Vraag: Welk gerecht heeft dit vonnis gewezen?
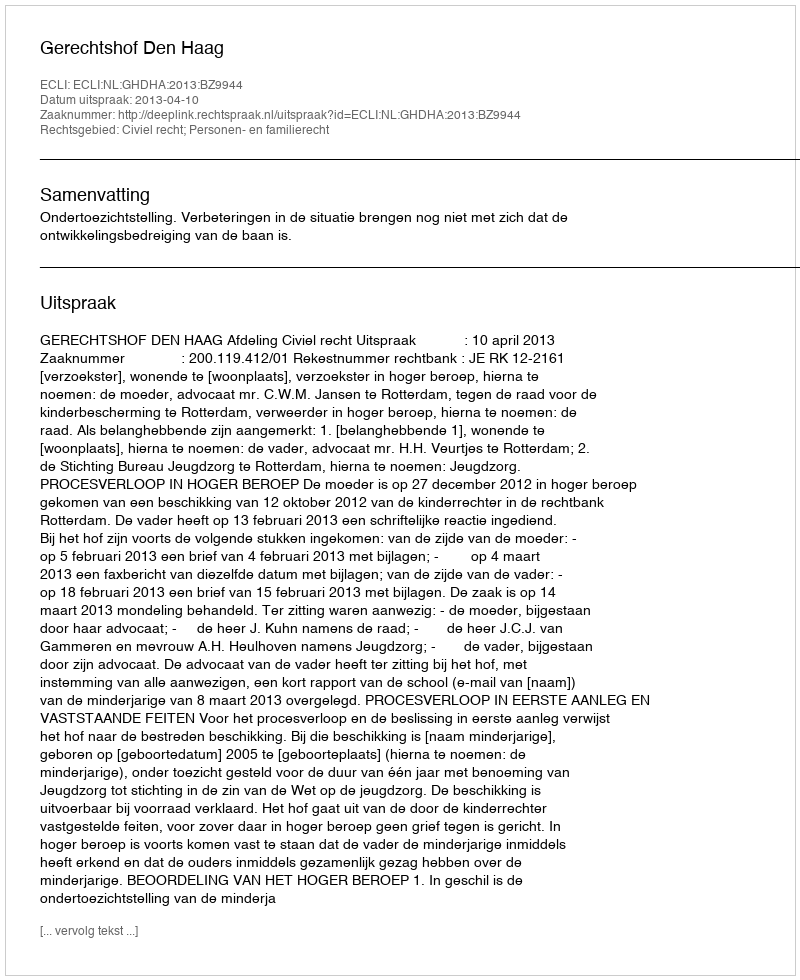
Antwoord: Gerechtshof Den Haag